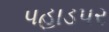
પહાડપર